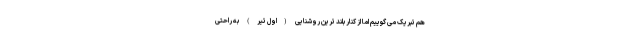
هم تبریک می گوییم اما از کنار بلند ترین روشنایی (اول تیر) به راحتی